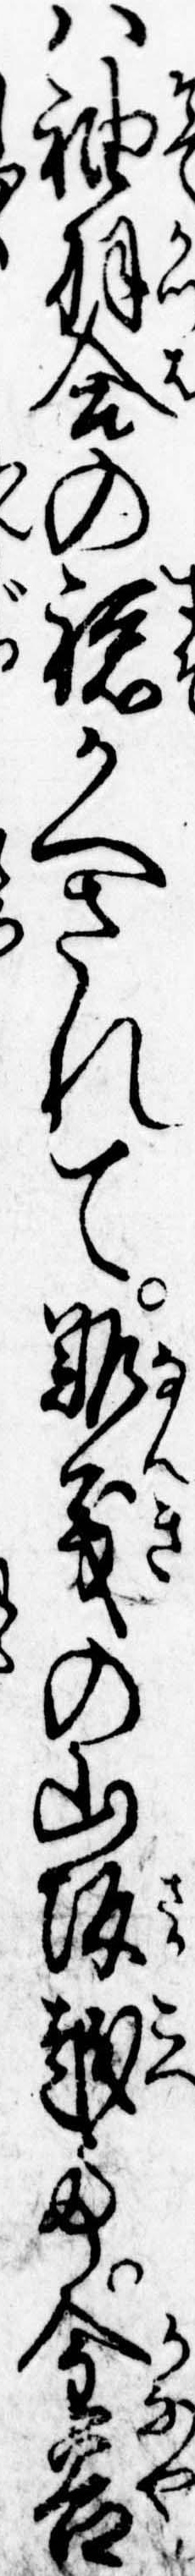
は袖羽合の裾かへされて難義の山坂越て金谷